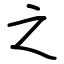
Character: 之